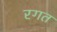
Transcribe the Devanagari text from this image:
रगत